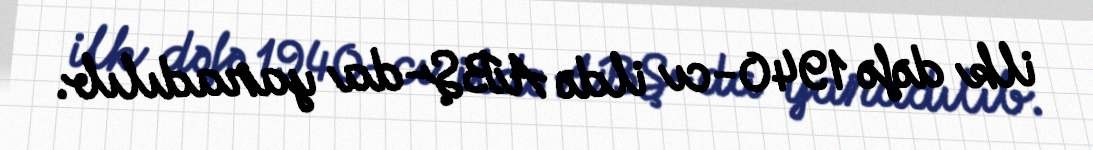
ilk dəfə 1940-cı ildə ABŞ-da yaradılıb.